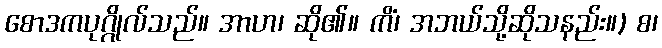
စောဒကပုဂ္ဂိုလ်သည်။ အာဟ၊ ဆို၏။ ကိံ၊ အဘယ်သို့ဆိုသနည်း။) စ၊